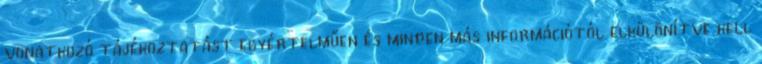
vonatkozó tájékoztatást egyértelműen és minden más információtól elkülönítve kell